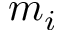
m _ { i }